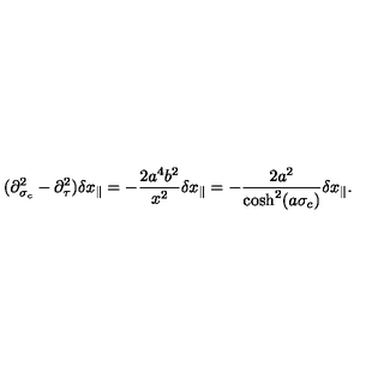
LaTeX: ( \partial _ { \sigma _ { c } } ^ { 2 } - \partial _ { \tau } ^ { 2 } ) \delta x _ { \parallel } = - \frac { 2 a ^ { 4 } b ^ { 2 } } { x ^ { 2 } } \delta x _ { \parallel } = - \frac { 2 a ^ { 2 } } { \cosh ^ { 2 } ( a \sigma _ { c } ) } \delta x _ { \parallel } .